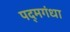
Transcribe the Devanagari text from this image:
पद्‌मगंधा